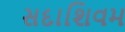
સદાશિવમ